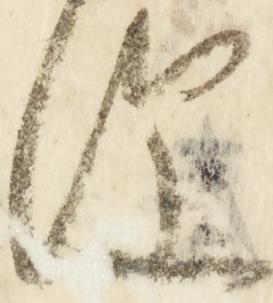
便